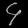
Digit: ၄